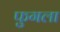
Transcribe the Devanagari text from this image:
फुगला